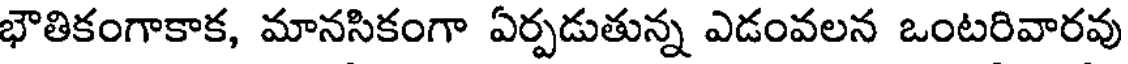
భౌతికంగాకాక, మానసికంగా ఏర్పడుతున్న ఎడంవలన ఒంటరివారవు